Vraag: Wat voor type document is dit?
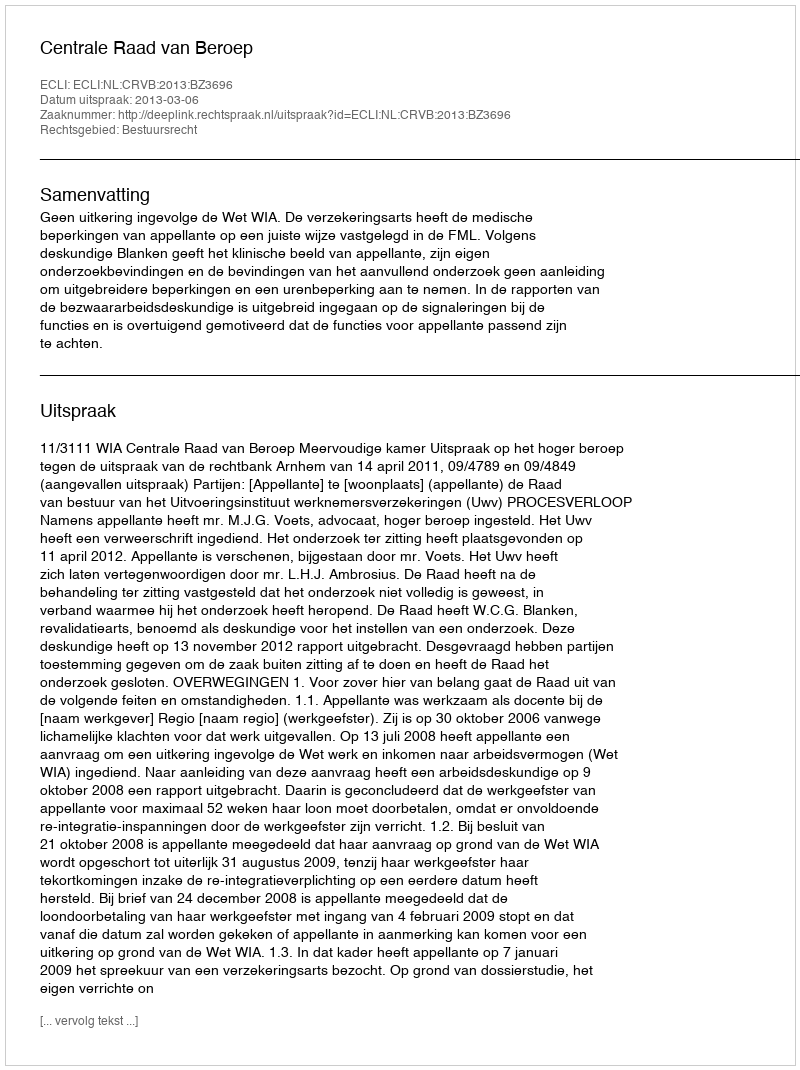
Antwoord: Uitspraak